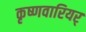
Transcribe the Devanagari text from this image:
कृष्णवारियर्